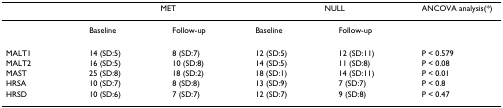
<table><thead><tr><td></td><td colspan="2"><b>MET</b></td><td colspan="2"><b>NULL</b></td><td><b>ANCOVA analysis(*)</b></td></tr></thead><tbody><tr><td></td><td>Baseline</td><td>Follow-up</td><td>Baseline</td><td>Follow-up</td><td></td></tr><tr><td>MALT1</td><td>14 (SD:5)</td><td>8 (SD:7)</td><td>12 (SD:5)</td><td>12 (SD:11)</td><td>P &lt; 0.579</td></tr><tr><td>MALT2</td><td>16 (SD:5)</td><td>10 (SD:8)</td><td>14 (SD:5)</td><td>11 (SD:8)</td><td>P &lt; 0.08</td></tr><tr><td>MAST</td><td>25 (SD:8)</td><td>18 (SD:2)</td><td>18 (SD:1)</td><td>14 (SD:11)</td><td>P &lt; 0.01</td></tr><tr><td>HRSA</td><td>10 (SD:7)</td><td>8 (SD:8)</td><td>13 (SD:9)</td><td>7 (SD:7)</td><td>P &lt; 0.8</td></tr><tr><td>HRSD</td><td>10 (SD:6)</td><td>7 (SD:7)</td><td>12 (SD:7)</td><td>9 (SD:8)</td><td>P &lt; 0.47</td></tr></tbody></table>